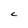
Character: C